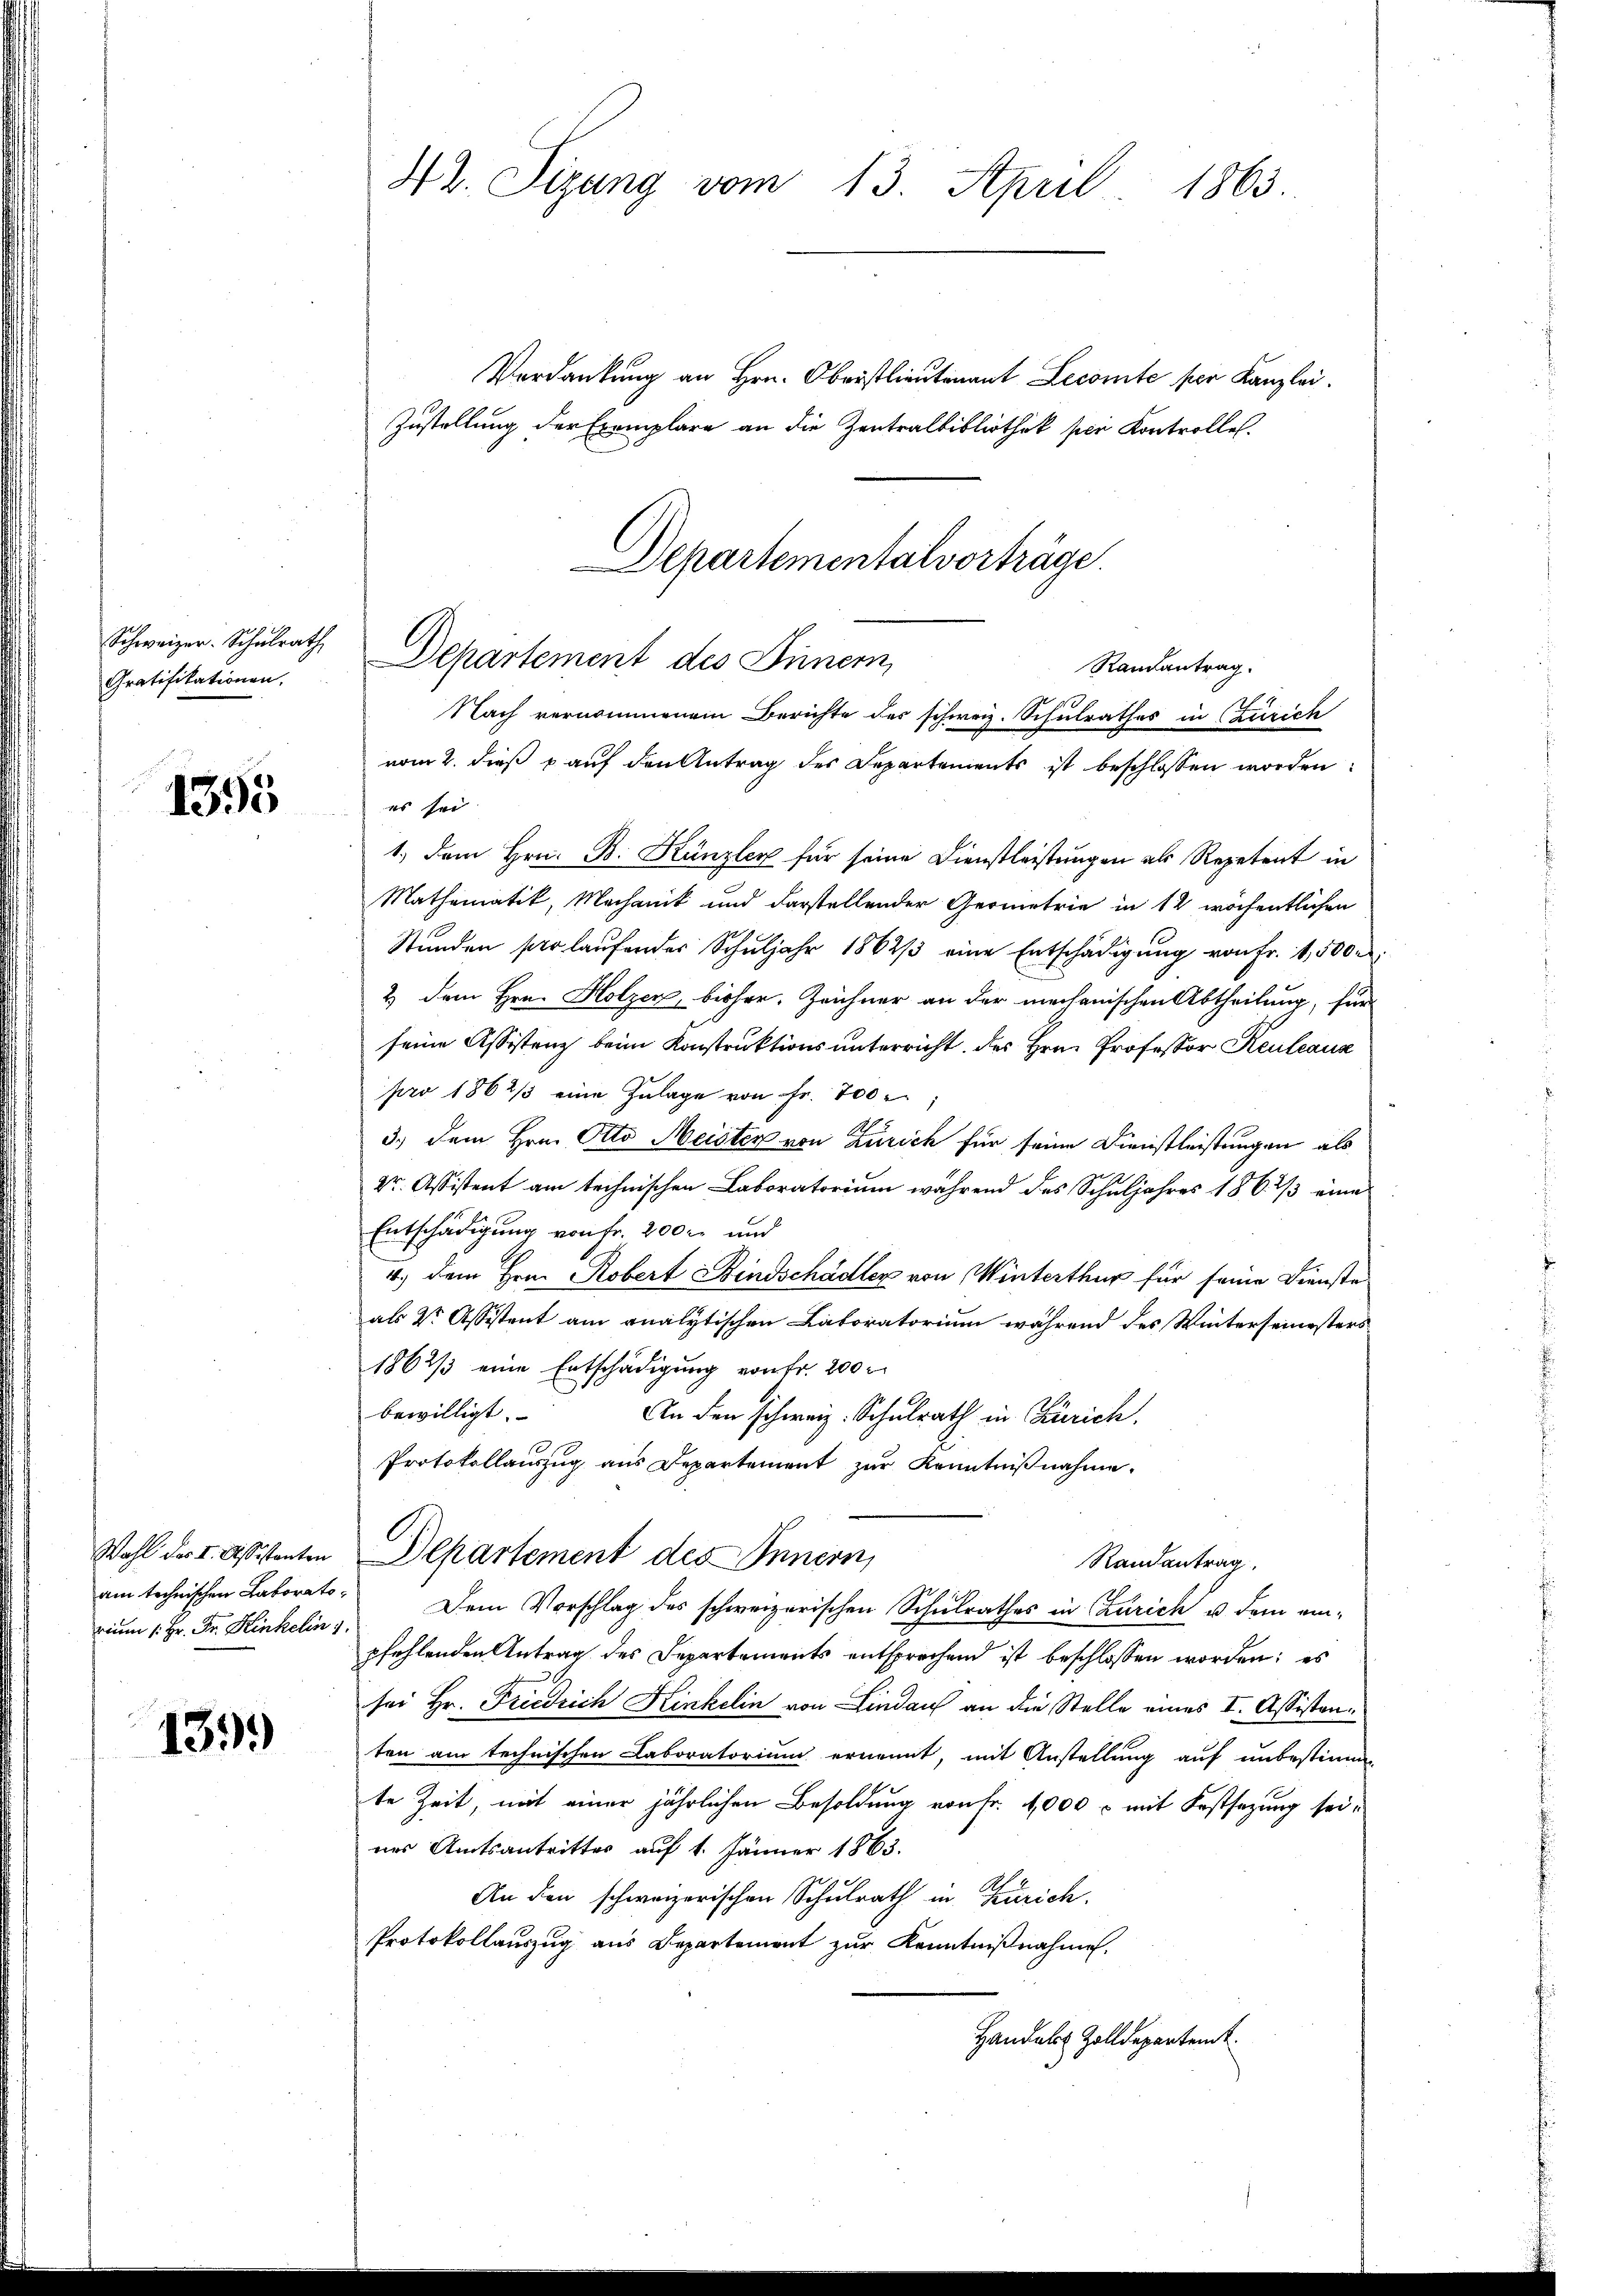
Schweizer. Schulrath
Gratifikationen,

1395

Wahl des I. Assistanten
am technischen Laboratorium 1. Hr. Fr. Kinkelin 1

1399

42. Sizung vom 13. April 1863.

Verdankung an Hrn. Oberstlieutenant Leconte per Kanzlei.
Zustellung der Exemplare an die Zentralbibliothek per Kontrolle.
Departementalvorträge.

Departement des Sinnern,
Randantrag.
Nach vernommenem Berichte des schweiz. Schulrathes in (Zürich

vom 2. dieß p auf den Antrag des Departements ist beschlossen worden:
es sei
1.) Dem Hrn. B. Künzler für seine Dienstleistungen als Repetent in
Mathematik, Mechanik und darstellender Geometrie in 12 wöchentlichen
Stunden so laufender Schuljahr 1862/3 eine Entschädigung von Fr. 1,500 r.
2) dem Hrn. Holzer, bisher, Zeichner an der mechanischen Abtheilung, für
seine Assistenz beim Konstruktionsunterricht des Hrn. Professor Keuleaux
pro 1862/3 eine Zulage von fr. 700
3.) Dem Hrn. Otto Meister von Zürich für seine Dienstleistungen als
Dr. Assistent am technischen Laboratorium während des Schuljahres 186. 1/3 eine
Entschädigung von Fr. 200 r. und
4.) Dem Hrn. Robert Bindschädler von Winterthur für seine Dienste
als Dr. Assistent am analytischen Laboratorium während des Winterseinesters
1862/3 eine Entschädigung von Fr. 200 r
bewilligt.
An den schweiz. Schulrath in Zürich.
Protokollauszug aus Departement zur Kenntnißnahme.
Departement des Innern,
Randantrag
Dem Vorschlag des schweizerischen Schulrathes in Czurich u. dem einpfehlenden Antrag des Departements entsprechend ist beschlossen worden; es
sei Hr. Friedrich Hinkelin von Lindau an die Stelle eines I. Assistanten am technischen Laboratorium ernennt, mit Anstellung auf unbestimm
te Zeit, mit einer jährlichen Besoldung von Fr. 1000 r mit Festsezung seines Amtsantritter auf 1. Jänner 1863.
An den schweizerischen Schulrath in Zürich.
Protokollauszug aus Departement zur Kenntnißnahme.
Handelst Zolldepartemt